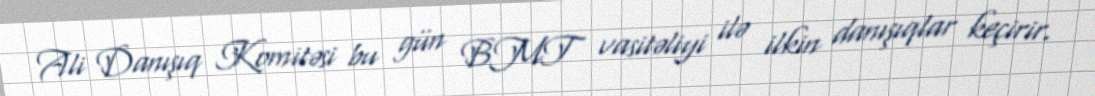
Ali Danışıq Komitəsi bu gün BMT vasitəliyi ilə ilkin danışıqlar keçirir.